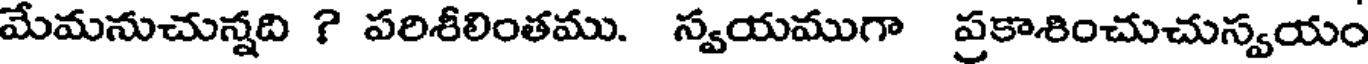
మేమనుచున్నది ? పరిశీలింతము. స్వయముగా ప్రకాశించుచుస్వయం